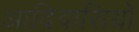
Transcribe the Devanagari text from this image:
आदिवासियो